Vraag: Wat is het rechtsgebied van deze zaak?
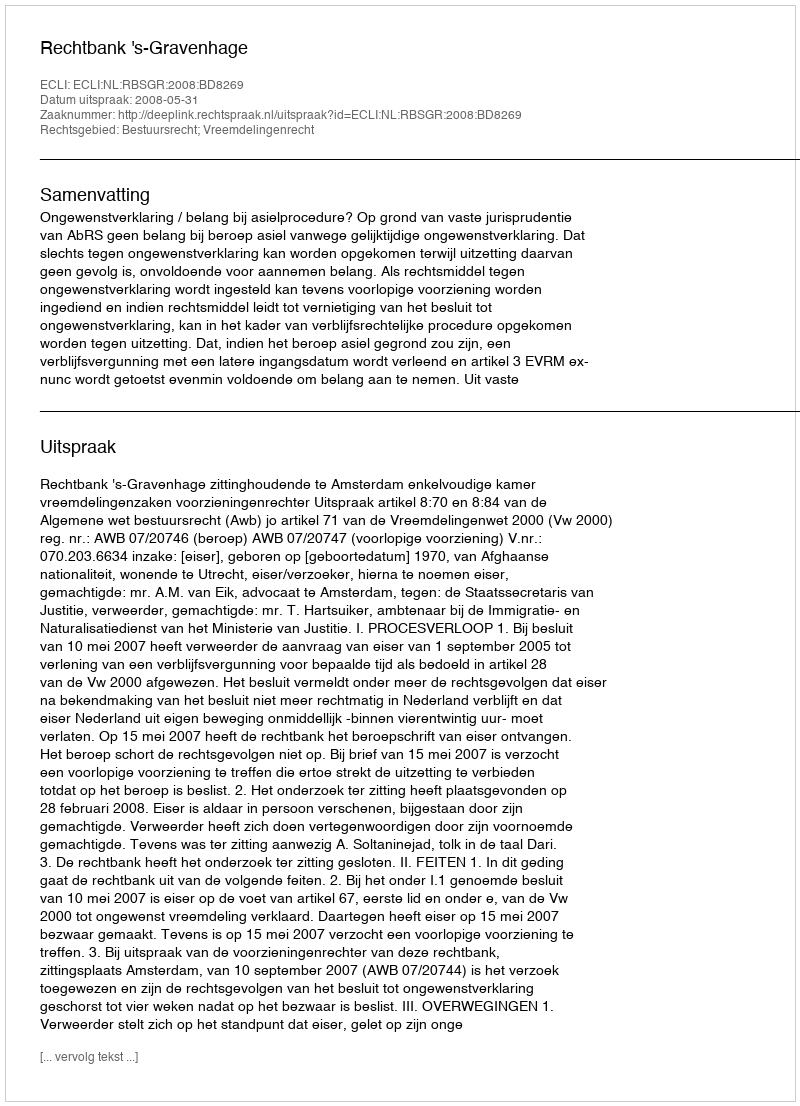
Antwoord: Bestuursrecht; Vreemdelingenrecht